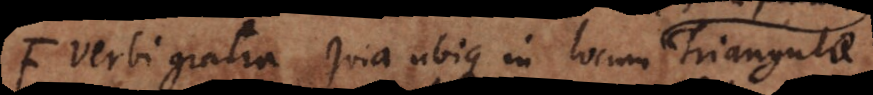
verbi gratia quia ubique in locum figurae